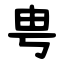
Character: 甹